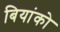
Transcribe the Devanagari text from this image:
बियांको